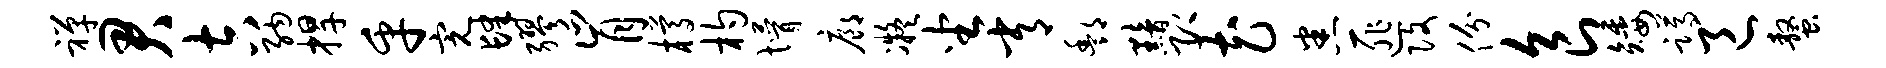
禅君吉纳捍乎完肆缪肯樽杓懵廊凝坐常酆黯即花悉匪改份食矮蹲邑螯